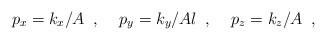
LaTeX: \begin{align*}p_{x}=k_{x}/A\;\;, \;\;\;\;p_{y}=k_{y}/Al\;\;, \;\;\;\; p_{z}=k_{z}/A\;\;,\end{align*}